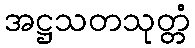
အဋ္ဌသတသုတ္တံ